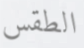
الطقس